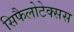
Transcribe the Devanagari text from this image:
सिफैलोटेक्सस